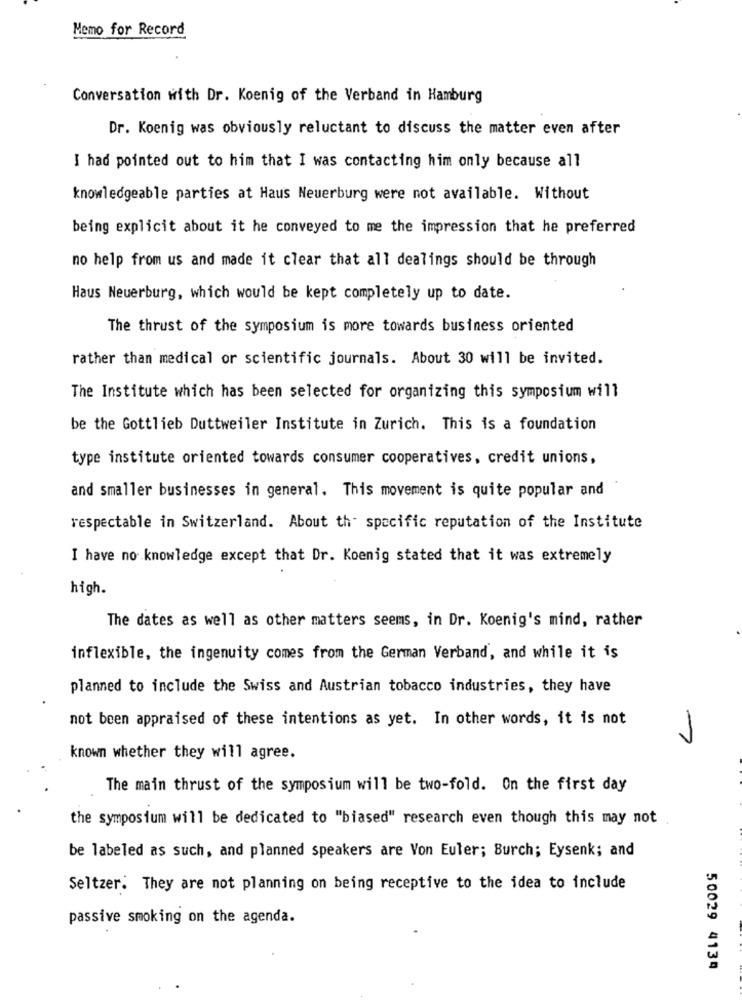
Memo for Record
Conversation with Dr. Koenig of the Verband in Hamburg
Dr. Koenig was obviously reluctant to discuss the matter even after
I had pointed out to him that I was contacting him only because all
knowledgeable parties at Haus Neuerburg were not available. Without
being explicit about it he conveyed to me the impression that he preferred
no help from us and made it clear that all dealings should be through
Haus Neuerburg, which would be kept completely up to date.
The thrust of the symposium is more towards business oriented
rather than medical or scientific journals. About 30 will be invited.
The Institute which has been selected for organizing this symposium will
be the Gottlieb Duttweiler Institute in Zurich. This is a foundation
type institute oriented towards consumer cooperatives, credit unions,
and smaller businesses in general. This movement is quite popular and
respectable in Switzerland. About the specific reputation of the Institute
I have no knowledge except that Dr. Koenig stated that it was extremely
high.
The dates as well as other matters seems, in Dr. Koenig's mind, rather
inflexible, the ingenuity comes from the German Verband, and while it is
planned to include the Swiss and Austrian tobacco industries, they have
not been appraised of these intentions as yet. In other words, it is not
known whether they will agree.
The main thrust of the symposium will be two-fold. On the first day
the symposium will be dedicated to "biased" research even though this may not
be labeled as such, and planned speakers are Von Euler; Burch; Eysenk; and
Seltzer. They are not planning on being receptive to the idea to include
passive smoking on the agenda.
50029 4139